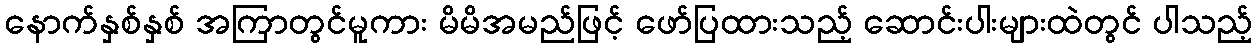
နောက်နှစ်နှစ် အကြာတွင်မူကား မိမိအမည်ဖြင့် ဖော်ပြထားသည့် ဆောင်းပါးများထဲတွင် ပါသည့်